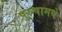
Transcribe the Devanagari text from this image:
पुरुषामधे